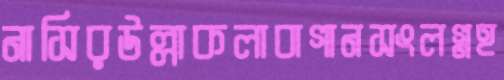
নাসিরউল্লাকলাবাগানসংলগ্নহ